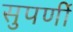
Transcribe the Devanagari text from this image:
सुपर्णी